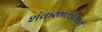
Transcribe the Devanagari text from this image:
शंकरभक्तांमध्ये